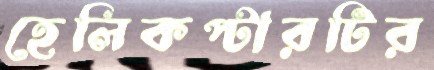
হেলিকপ্টারটির